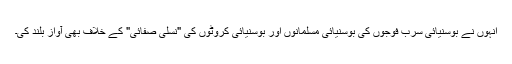
انہوں نے بوسنیائی سرب فوجوں کی بوسنیائی مسلمانوں اور بوسنیائی کروٹوں کی "نسلی صفائی" کے خلاف بھی آواز بلند کی۔